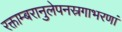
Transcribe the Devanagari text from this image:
रक्ताम्बरानुलेपनस्रगाभरणां